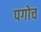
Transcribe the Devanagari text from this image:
पगोच